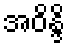
အဝိန္ဒိ